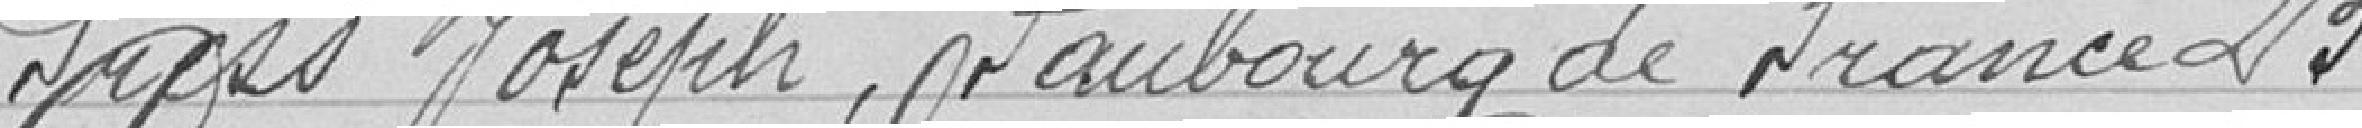
Fress Joseph, Faubourg de France 23